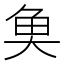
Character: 𩵋